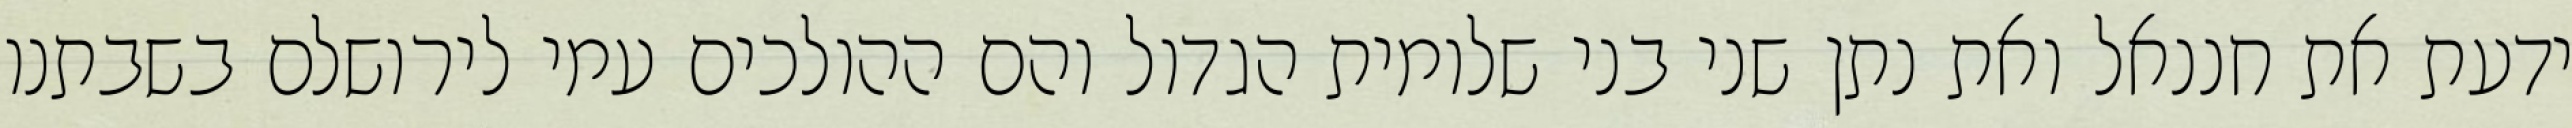
ידעת את חננאל ואת נתן שני בני שלומית הגדול והם ההולכים עמי לירושלם בשבתנו